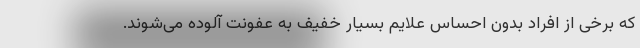
که برخی از افراد بدون احساس علایم بسیار خفیف به عفونت آلوده می‌شوند.